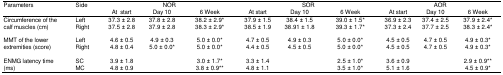
<table><thead><tr><td rowspan="2"><b>Parameters</b></td><td rowspan="2"><b>Side</b></td><td colspan="3"><b>NOR</b></td><td colspan="3"><b>SOR</b></td><td colspan="3"><b>AOR</b></td></tr><tr><td><b>At start</b></td><td><b>Day 10</b></td><td><b>6 Week</b></td><td><b>At start</b></td><td><b>Day 10</b></td><td><b>6 Week</b></td><td><b>At start</b></td><td><b>Day 10</b></td><td><b>6 Week</b></td></tr></thead><tbody><tr><td>Circumference of the</td><td>Left</td><td>37.3 ± 2.8</td><td>37.8 ± 2.8</td><td>38.2 ± 2.9*</td><td>37.9 ± 1.5</td><td>38.4 ± 1.5</td><td>39.0 ± 1.5*</td><td>36.9 ± 2.3</td><td>37.4 ± 2.5</td><td>37.9 ± 2.4*</td></tr><tr><td>calf muscles (cm)</td><td>Right</td><td>37.5 ± 2.8</td><td>37.9 ± 2.8</td><td>38.3 ± 2.9*</td><td>38.5 ± 1.9</td><td>38.91 ± 1.8</td><td>39.3 ± 1.7*</td><td>37.3 ± 2.4</td><td>37.7 ± 2.5</td><td>38.3 ± 2.4*</td></tr><tr><td>MMT of the lower</td><td>Left</td><td>4.6 ± 0.5</td><td>4.9 ± 0.3</td><td>5.0 ± 0.0*</td><td>4.7 ± 0.5</td><td>4.9 ± 0.3</td><td>5.0 ± 0.0*</td><td>4.5 ± 0.5</td><td>4.7 ± 0.5</td><td>4.9 ± 0.3*</td></tr><tr><td>extremities (score)</td><td>Right</td><td>4.8 ± 0.4</td><td>5.0 ± 0.0*</td><td>5.0 ± 0.0*</td><td>4.4 ± 0.5</td><td>4.5 ± 0.5</td><td>5.0 ± 0.0*</td><td>4.5 ± 0.5</td><td>4.7 ± 0.5</td><td>4.9 ± 0.3*</td></tr><tr><td>ENMG latency time</td><td>SC</td><td>3.9 ± 1.8</td><td></td><td>3.0 ± 1.7*</td><td>3.3 ± 1.4</td><td></td><td>2.5 ± 1.0*</td><td>3.6 ± 0.9</td><td></td><td>2.9 ± 0.9**</td></tr><tr><td>(ms)</td><td>MC</td><td>4.8 ± 0.9</td><td></td><td>3.8 ± 0.9**</td><td>4.8 ± 1.1</td><td></td><td>3.5 ± 1.0*</td><td>5.1 ± 1.6</td><td></td><td>4.5 ± 0.9*</td></tr></tbody></table>